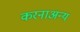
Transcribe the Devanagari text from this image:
करनाअन्य